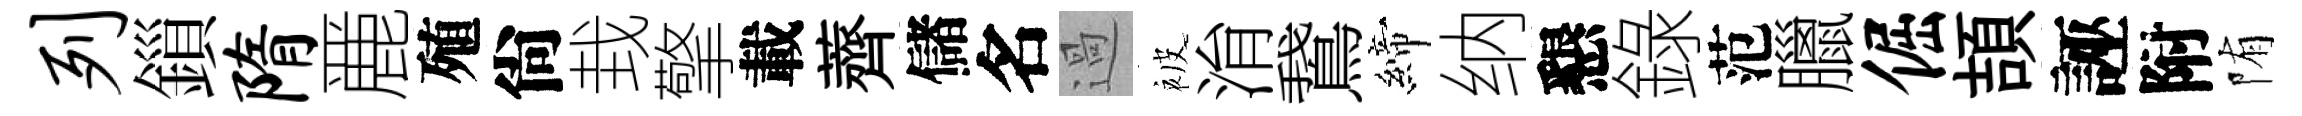
列鎻隋䴡殖尙㘽擎載薺儲名過被㳙鵞締纳懇錄范臘倔頡誣附陏